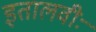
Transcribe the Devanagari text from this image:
इतालवीः